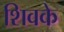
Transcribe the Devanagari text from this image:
शिवके